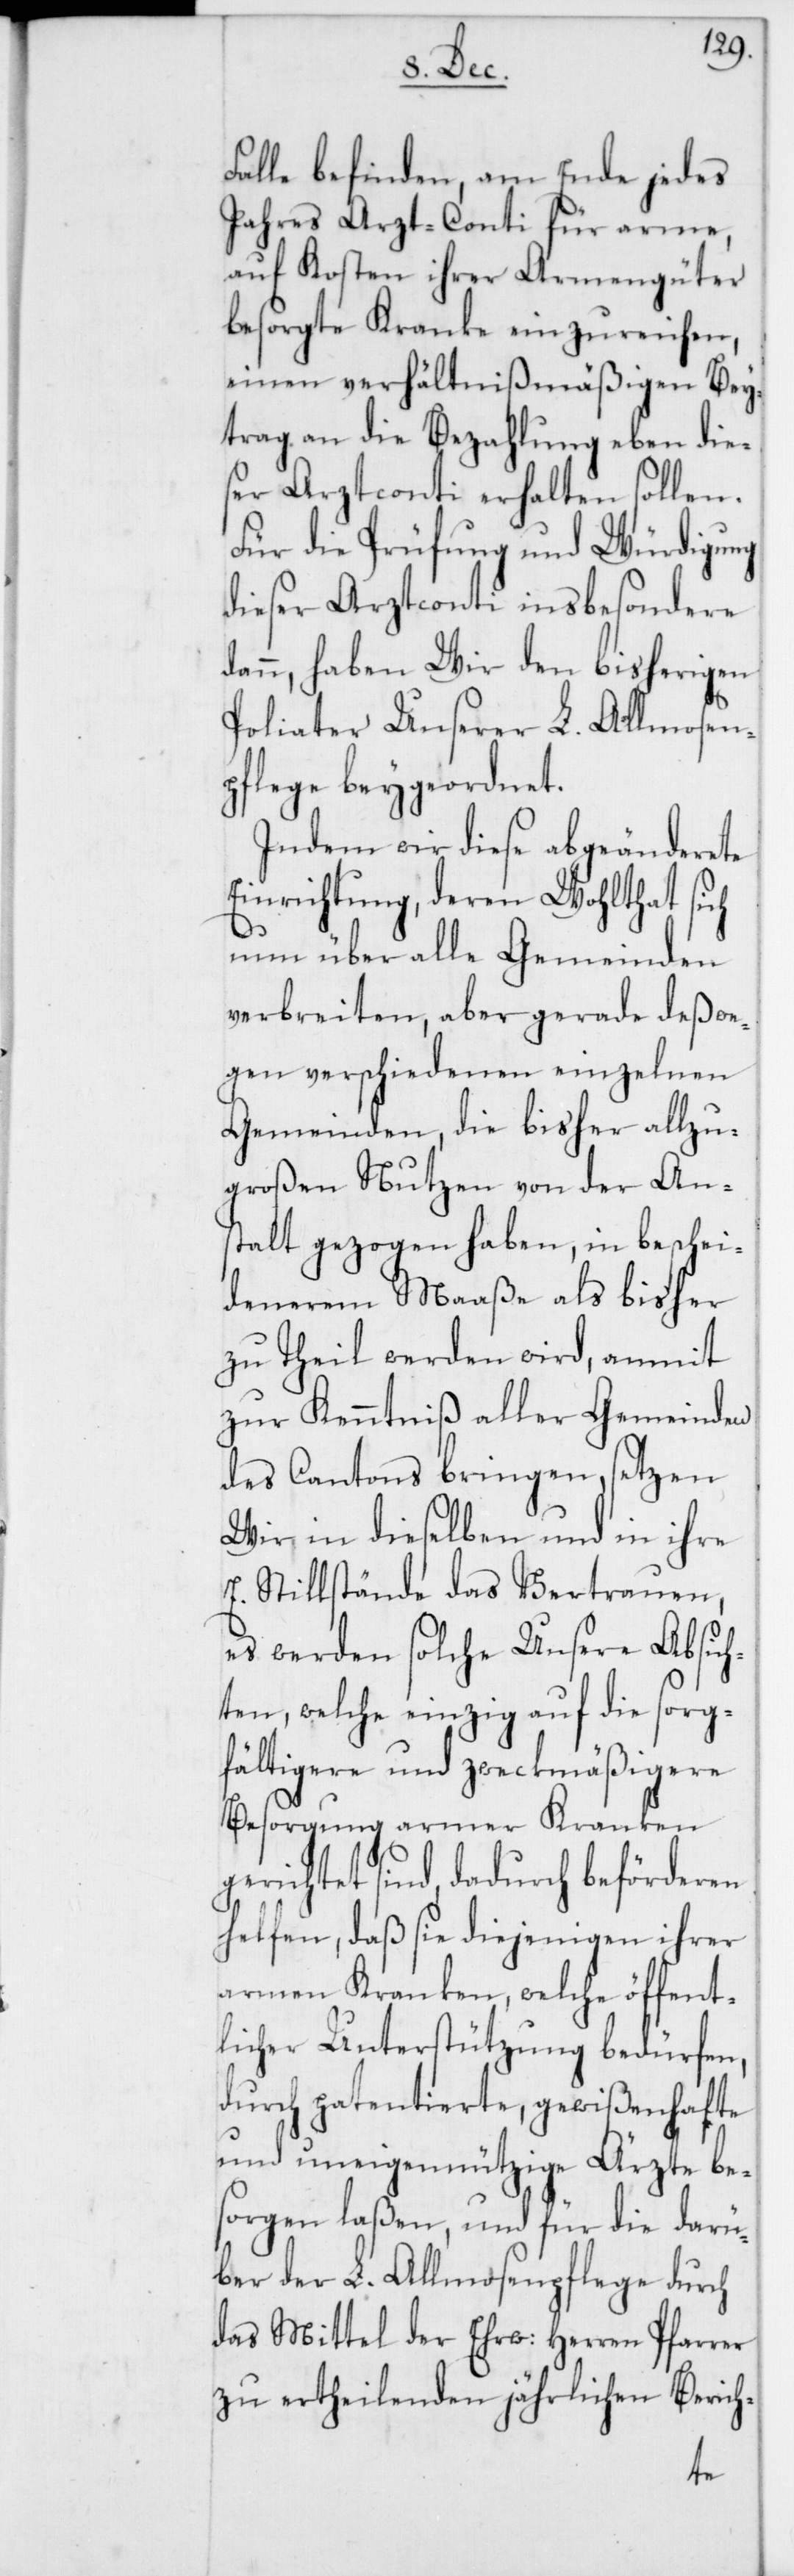
Falle befinden, am Ende jedes
Jahres Arzt-Conti für arme,
auf Kosten ihrer Armengüter
besorgte Kranke einzureichen,
einen verhältnißmäßigen Bey¬
trag an die Bezahlung eben dies¬
er Arztconti erhalten sollen.
Für die Prüfung und Würdigung
dieser Arztconti insbesondere
dann, haben Wir den bisherigen
Poliater Unserer L. Allmosen¬
pflege beygeordnet.
Indem wir diese abgeänderete
Einrichtung, deren Wohlthat s¬
nun über alle Gemeinden
verbreiten, aber gerade deßwe¬
gen verschiedenen einzelnen
Gemeinden, die bisher allzu¬
großen Nutzen von der An¬
stalt gezogen haben, in beschei¬
denerem Maaße als bisher
zu theil werden wird, anmit
zur Kenntniß aller Gemeinden
des Cantons bringen, setzen
Wir in dieselben und in ihre
E. Stillstände das Vertrauen,
es werden solche Unsere Absich¬
ten, welche einzig auf die sorg¬
fältigere und zweckmäßigere
Besorgung armer Kranken
gerichtet sind, dadurch beförderen
helfen, daß sie diejenigen ihrer
armen Kranken, welche öffent¬
licher Unterstützung bedürfen,
durch patentierte, gewißenhafte
und uneigennützige Ärzte be¬
sorgen laßen, und für die darü¬
ber der L. Allmosenpflege durch
das Mittel der Ehrw. Herren
Ber¬
chen
ich-
zu ertheilenden jähr¬